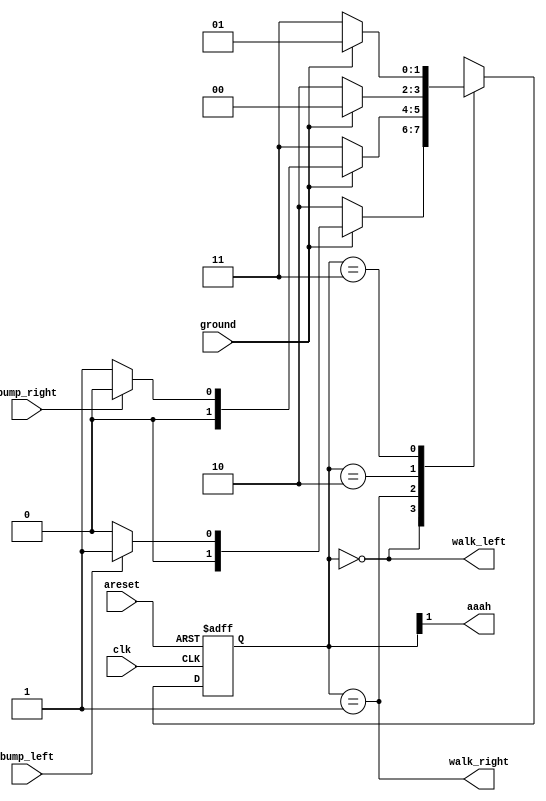
module top_module(
    input clk,
    input areset,    // Freshly brainwashed Lemmings walk left.
    input bump_left,
    input bump_right,
    input ground,
    output walk_left,
    output walk_right,
    output aaah ); 
    
    parameter L=0, R=1, LF=2, RF=3;
    reg [1:0] ps, ns;

    always @(*) begin
        // State transition logic
        case(ps)
            L: ns = ground ? (bump_left ? R : L) : LF;
            R: ns = ground ? (bump_right ? L : R) : RF;
            LF: ns = ground ? L : LF;
            RF: ns = ground ? R : RF;
        endcase
    end

    always @(posedge clk, posedge areset) begin
        // State flip-flops with asynchronous reset
        if (areset)
        	ps = L;
        else
            ps <= ns;
    end

    // Output logic
    assign walk_left = ps==L;
    assign walk_right = ps==R;
    assign aaah = ps[1];

endmodule